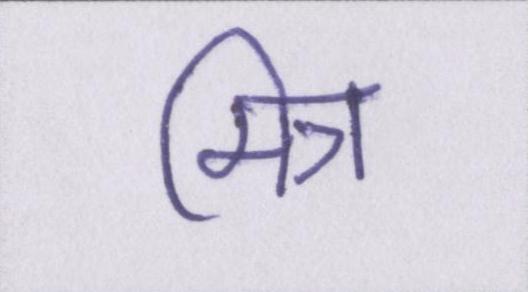
मित्र